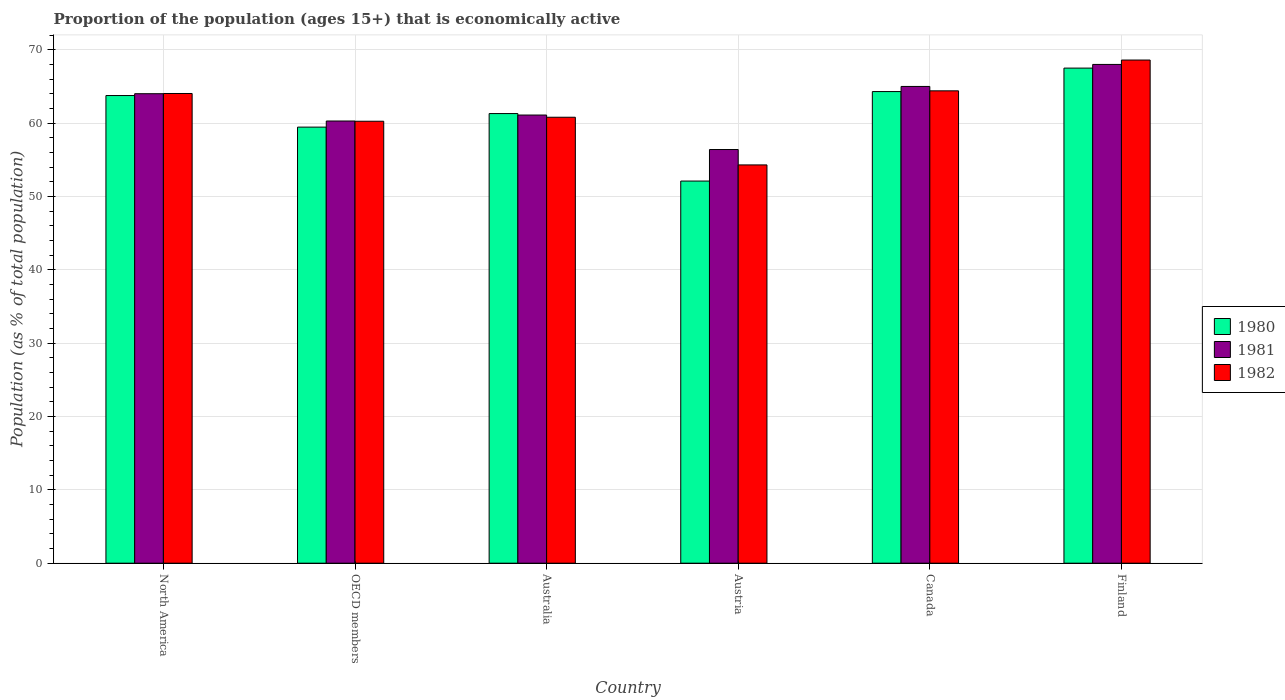
| Country | 1980 | 1981 | 1982 |
 | --- | --- | --- | --- |
 | North America | 63.8 | 64 | 64 |
 | OECD members | 59.5 | 60.3 | 60.3 |
 | Australia | 61.3 | 61.1 | 60.8 |
 | Austria | 52.1 | 56.4 | 54.3 |
 | Canada | 64.3 | 65 | 64.4 |
 | Finland | 67.5 | 68 | 68.6 |